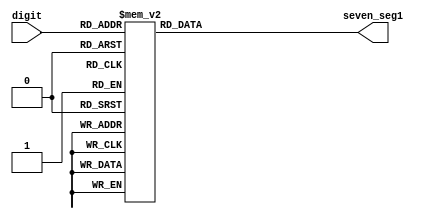
`timescale 1ns / 1ps
//////////////////////////////////////////////////////////////////////////////////
// Company: 
// Engineer: 
// 
// Design Name: 
// Module Name: led_segment
// Project Name: 
// Target Devices: 
// Tool Versions: 
// Description: 
// 
// Dependencies: 
// 
// Revision:
// Revision 0.01 - File Created
// Additional Comments:
// 
//////////////////////////////////////////////////////////////////////////////////


module led_segment(
    input [3:0] digit,
    output reg [6:0] seven_seg1   
); 

    always @(digit)
    begin
        //activate <= 4'b1110; 
        case (digit)
             4'b0000 : seven_seg1 <= 7'b0000001;      
             4'b0001 : seven_seg1 <= 7'b1001111;  
             4'b0010 : seven_seg1 <= 7'b0010010;  
             4'b0011 : seven_seg1 <= 7'b0000110;  
             4'b0100 : seven_seg1 <= 7'b1001100;  
             4'b0101 : seven_seg1 <= 7'b0100100; 
             4'b0110 : seven_seg1 <= 7'b0100000;  
             4'b0111 : seven_seg1 <= 7'b0001111;  
             4'b1000 : seven_seg1 <= 7'b0000000;     
             4'b1001 : seven_seg1 <= 7'b0000100;  
             4'b1010 : seven_seg1 <= 7'b0000010; 
             4'b1011 : seven_seg1 <= 7'b1100000; 
             4'b1100 : seven_seg1 <= 7'b0110001; 
             4'b1101 : seven_seg1 <= 7'b1000010; 
             4'b1110 : seven_seg1 <= 7'b0110000; 
             4'b1111 : seven_seg1 <= 7'b0111000; 
        endcase
    end

endmodule